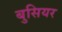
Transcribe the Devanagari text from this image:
बुसियर